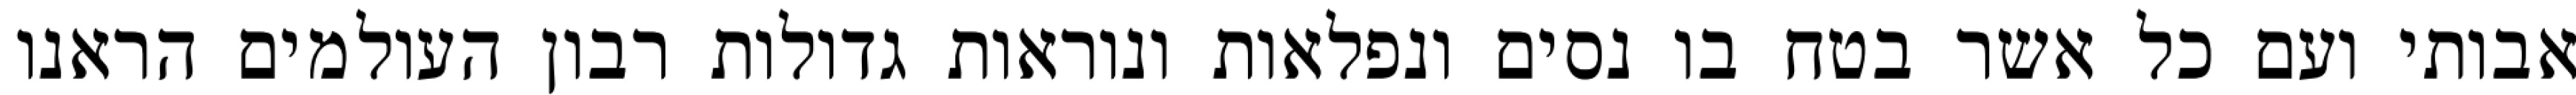
אבותי ועם כל אשר בטח בו נסים ונפלאות ונוראות גדולות רבון העולמים הראנו